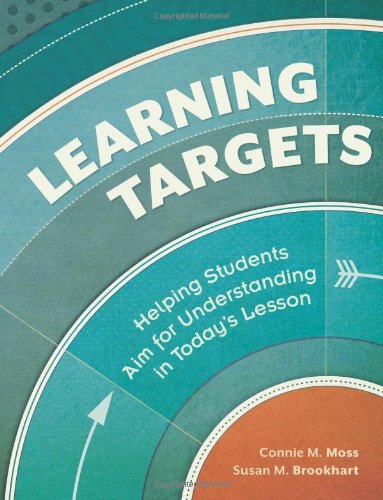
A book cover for Learning Targets: Helping Students Aim for Understanding in Today's Lesson; Connie M. Moss and Susan M. Brookhart; Education & Teaching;